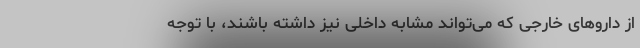
از داروهای خارجی که می‌تواند مشابه داخلی نیز داشته باشند، با توجه